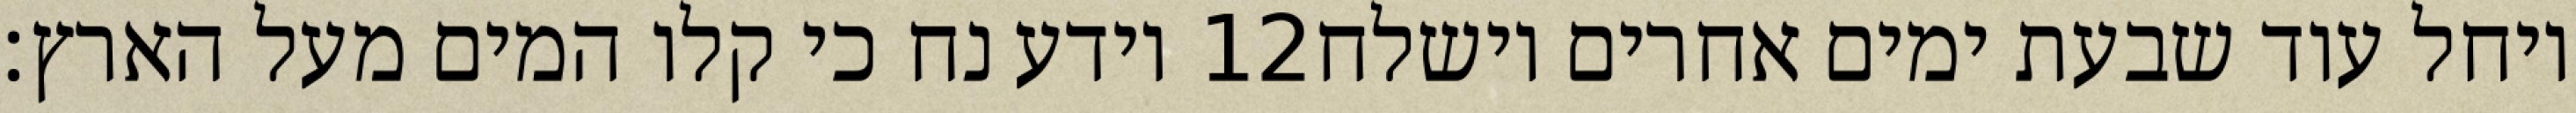
וידע נח כי קלו המים מעל הארץ׃ ‎12‏ ויחל עוד שבעת ימים אחרים וישלח